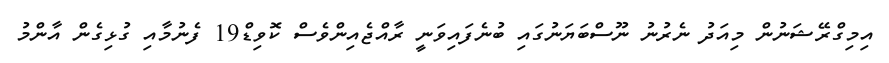
އިމިގްރޭޝަނުން މިއަދު ނެރުނު ނޫސްބަޔަނުގައި ބުނެފައިވަނީ ރާއްޖެއިންވެސް ކޮވިޑް19 ފެނުމާއި ގުޅިގެން އާންމު